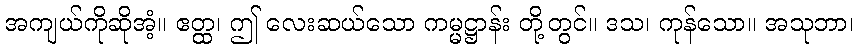
အကျယ်ကိုဆိုအံ့။ ဧတ္ထ၊ ဤ လေးဆယ်သော ကမ္မဋ္ဌာန်း တို့တွင်။ ဒသ၊ ကုန်သော။ အသုဘာ၊